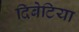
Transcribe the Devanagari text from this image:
दिबेटिया